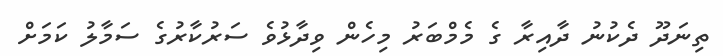
ތިނަދޫ ދެކުނު ދާއިރާ ގެ މެމްބަރު މިހެން ވިދާޅުވެ ސަރުކާރުގެ ސަމާލު ކަމަށް